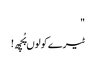
"
ٹیرے کولوں پُچھ!